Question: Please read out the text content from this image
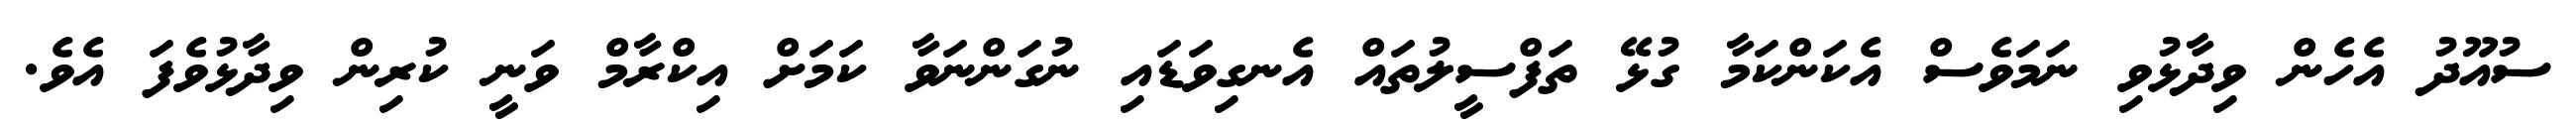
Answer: ސުއޫދު އެހެން ވިދާޅުވި ނަމަވެސް އެކަންކަމާ ގުޅޭ ތަފްސީލުތައް އެނގިވަޑައި ނުގަންނަވާ ކަމަށް އިކްރާމް ވަނީ ކުރިން ވިދާޅުވެފަ އެވެ.